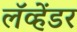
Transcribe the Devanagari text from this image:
लॅव्हेंडर